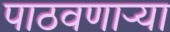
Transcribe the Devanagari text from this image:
पाठवणाऱ्या